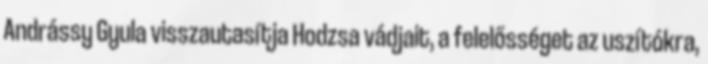
Andrássy Gyula visszautasítja Hodzsa vádjait, a felelősséget az uszítókra,